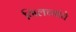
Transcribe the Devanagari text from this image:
गिलच्यांचे